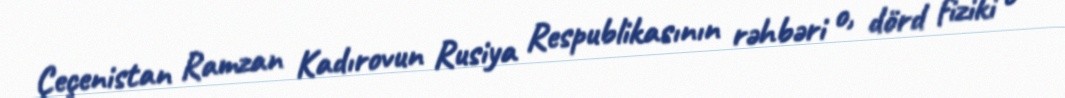
Çeçenistan Ramzan Kadırovun Rusiya Respublikasının rəhbəri o, dörd fiziki o